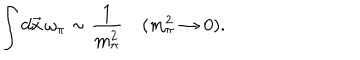
\int d \vec { x } \, \omega _ { \pi } \sim \frac 1 { m _ { \pi } ^ { 2 } } \quad ( m _ { \pi } ^ { 2 } \rightarrow 0 ) .